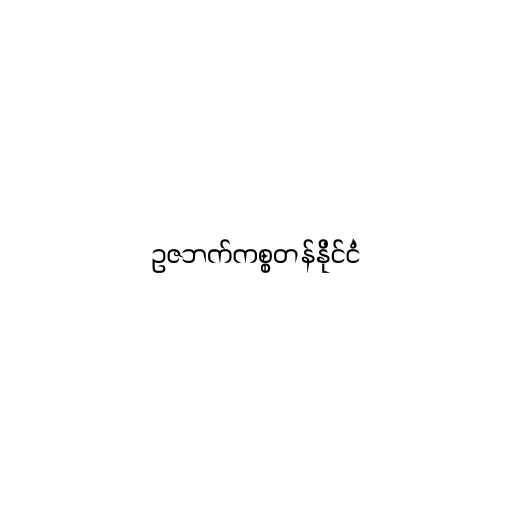
ဥဇဘက်ကစ္စတန်နိုင်ငံ